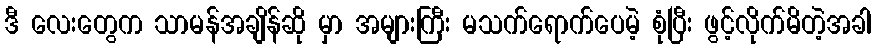
ဒီ လေးတွေက သာမန်အချိန်ဆို မှာ အများကြီး မသက်ရောက်ပေမဲ့ စုံပြီး ဖွင့်လိုက်မိတဲ့အခါ